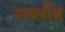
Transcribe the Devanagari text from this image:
सर्ब्लोह